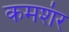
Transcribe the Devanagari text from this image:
कमशंर